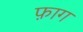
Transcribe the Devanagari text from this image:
फ़ाग